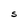
Character: S